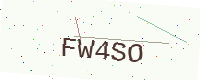
Text: FW4SO